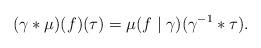
LaTeX: \begin{align*}(\gamma\ast\mu)(f)(\tau)=\mu(f\mid \gamma)(\gamma^{-1}\ast \tau).\end{align*}